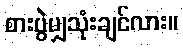
စားပွဲမျှသုံးချင်လား။